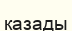
казады